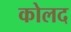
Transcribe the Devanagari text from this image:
कोलद